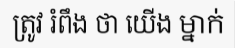
ត្រូវ រំពឹង ថា យើង ម្នាក់